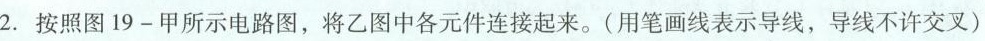
2.按照图19-甲所示电路图，将乙图中各元件连接起来。(用笔画线表示导线，导线不许交叉)